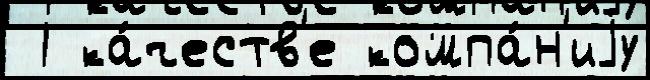
 1 ка́честв'е компа́н'иjу